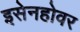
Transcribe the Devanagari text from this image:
इसेनहोवर